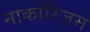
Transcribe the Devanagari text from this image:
नार्कोरिज़म